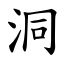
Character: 洞